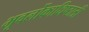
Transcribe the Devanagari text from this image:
भूवर्लोकाधिष्ठात्रीं